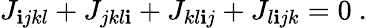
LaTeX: J_{\mathbf{i}jkl}+J_{jkl\mathbf{i}}+J_{kl\mathbf{i}j}+J_{l\mathbf{i}jk}=0~.